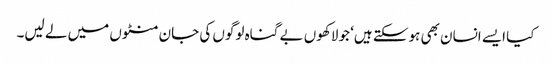
کیا ایسے انسان بھی ہوسکتے ہیں‘ جو لاکھوں بے گناہ لوگوں کی جان منٹوں میں لے لیں۔